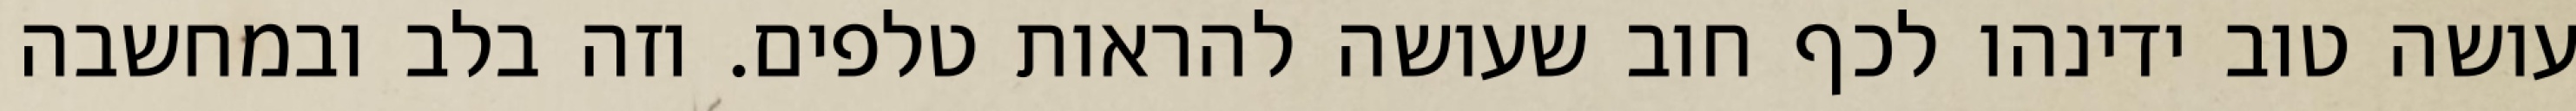
עושה טוב ידינהו לכף חוב שעושה להראות טלפים. וזה בלב ובמחשבה